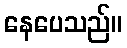
နေပေသည်။